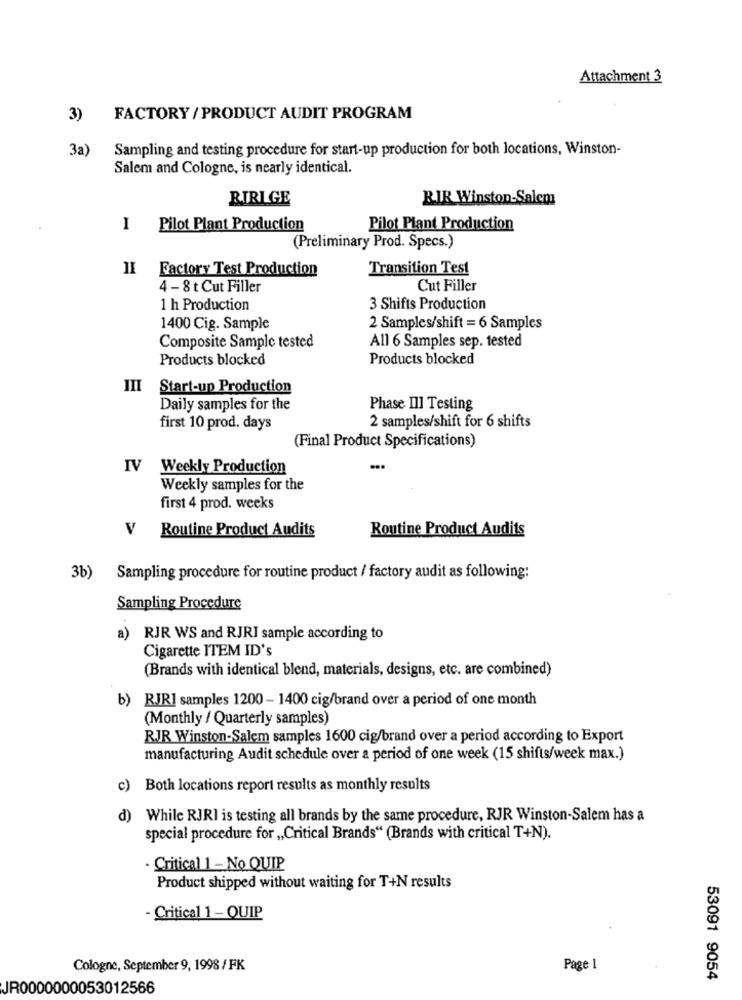
Attachment 3
3)
FACTORY / PRODUCT AUDIT PROGRAM
3a)
Sampling and testing procedure for start-up production for both locations, Winston-
Salem and Cologne, is nearly identical.
RIRIGE
BIR Winston-Salem
I
Pilot Plant Production
Pilot Plant Production
(Preliminary Prod. Specs.)
Factory Test Production
Transition Test
4 - 8 t Cut Filler
Cut Filler
1 h Production
3 Shifts Production
1400 Cig. Sample
2 Samples/shift = 6 Samples
Composite Sample tested
All 6 Samples sep. tested
Products blocked
Products blocked
III Start-up Production
Daily samples for the
Phase Ill Testing
2 samples/shift for 6 shifts
first 10 prod. days
(Final Product Specifications)
IV
Weekly Production
Weekly samples for the
first 4 prod. weeks
V
Routine Product Audits
Routine Product Audits
3b)
Sampling procedure for routine product / factory audit as following:
Sampling Procedure
a)
RJR WS and RJRI sample according to
Cigarette ITEM ID's
(Brands with identical blend, materials, designs, etc. are combined)
b) RJRI samples 1200 - 1400 cig/brand over a period of one month
(Monthly / Quarterly samples)
RJR Winston-Salem samples 1600 cig/brand over a period according to Export
manufacturing Audit schedule over a period of one week (15 shifts/week max.)
c) Both locations report results as monthly results
d) While RJRI is testing all brands by the same procedure, RJR Winston-Salem has a
special procedure for „Critical Brands“ (Brands with critical T+N).
- Critical 1 - No QUIP
Product shipped without waiting for T+N results
- Critical 1 - QUIP
Cologne, September 9, 1998 / FK
Page 1
53091 9054
JR0000000053012566